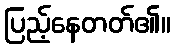
ပြည့်နေတတ်၏။